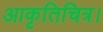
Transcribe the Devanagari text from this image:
आकृतिचित्र।